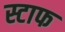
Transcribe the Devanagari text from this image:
स्टाफ